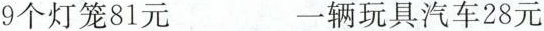
9个灯笼81元 一辆玩具汽车28元